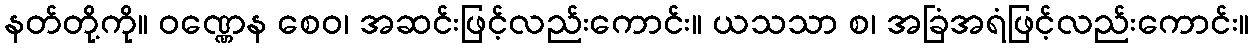
နတ်တို့ကို။ ဝဏ္ဏေန စေဝ၊ အဆင်းဖြင့်လည်းကောင်း။ ယသသာ စ၊ အခြံအရံဖြင့်လည်းကောင်း။